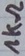
Text: 1kΩ